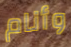
وأنام